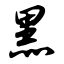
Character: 黑